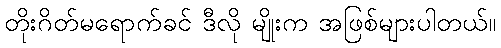
တိုးဂိတ်မရောက်ခင် ဒီလို မျိုးက အဖြစ်များပါတယ်။